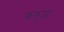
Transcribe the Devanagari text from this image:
फ़लुजा